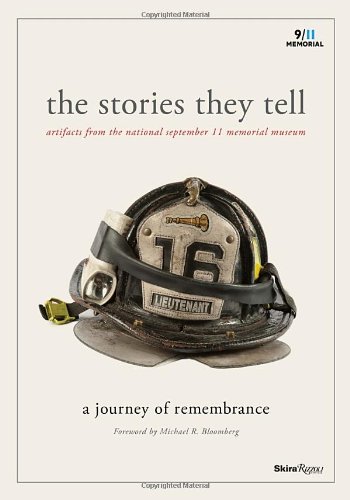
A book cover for The Stories They Tell: Artifacts from the National September 11 Memorial Museum; Arts & Photography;